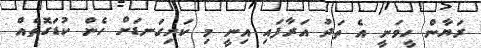
ރަޔާން ހީވަނީ އެ ތަދު އަރާފައި އިނީ މި ކަށިގަނޑަށް ހެން ކުޑަގޮތެއް